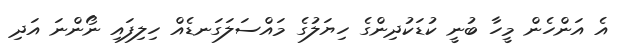
އެ އަންހެން މީހާ ބުނީ ކުޑަކުދިންގެ ހިޔަލުގެ މައްސަލަގަނޑެއް ހިލިފައި ނޯންނަ އަދި